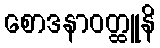
စောဒနာဝတ္ထူနိ